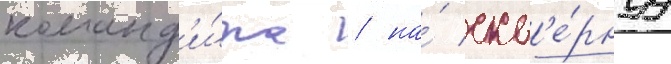
команд'и́ра / на́ скв'е́рнуу